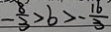
- \frac { 8 } { 3 } > b > - \frac { 1 6 } { 3 }